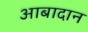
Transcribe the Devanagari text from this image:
आबादान